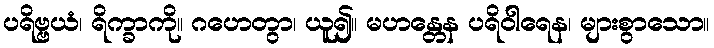
ပရိဗ္ဗယံ၊ ရိက္ခာကို။ ဂဟေတွာ၊ ယူ၍။ မဟန္တေန ပရိဝါရေန၊ များစွာသော။